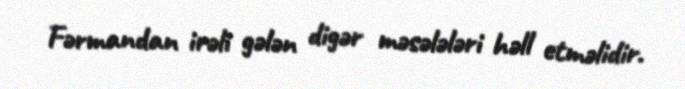
Fərmandan irəli gələn digər məsələləri həll etməlidir.